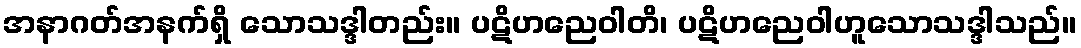
အနာဂတ်အနက်ရှိ သောသဒ္ဒါတည်း။ ပဋိဟညေဝါတိ၊ ပဋိဟညေဝါဟူသောသဒ္ဒါသည်။